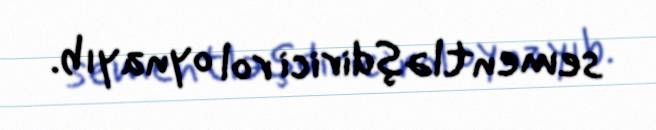
sementləşdirici rol oynayıb.